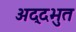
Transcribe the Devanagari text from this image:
अद्दभुत